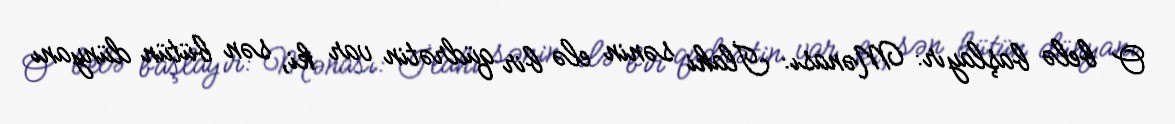
O belə başlayır: Mənası: İlahi sənin elə bir qüdrətin var ki, sən bütün dünyanı